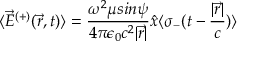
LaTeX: \langle { \vec { E } } ^ { ( + ) } ( { \vec { r } } , t ) \rangle = { \frac { \omega ^ { 2 } \mu s i n \psi } { 4 \pi \epsilon _ { 0 } c ^ { 2 } | { \vec { r } } | } } { \hat { x } } \langle \sigma _ { - } ( t - { \frac { | { \vec { r } } | } { c } } ) \rangle